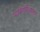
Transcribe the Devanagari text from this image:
व्यक्तिचित्राप्रमाणे